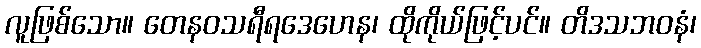
လူဖြစ်သော။ တေနဝသရီရဒေဟေန၊ ထိုကိုယ်ဖြင့်ပင်။ တိဒသဘဝနံ၊